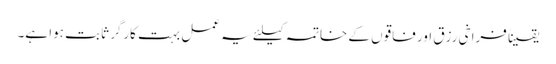
یقیناً فراخی رزق اور فاقوں کے خاتمہ کیلئے یہ عمل بہت کارگر ثابت ہوا ہے۔